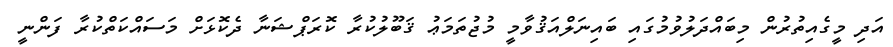
އަދި މީގެއިތުރުން މިބައްދަލުވުމުގައި ބައިނަލްއަޤުވާމީ މުޖުތަމަޢު ޤަބޫލުކުރާ ކޮރަޕްޝަނާ ދެކޮޅަށް މަސައްކަތްކުރާ ފަންނީ